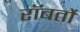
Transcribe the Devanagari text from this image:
रॉबर्तो